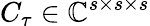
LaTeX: C_{\tau}\in\mathbb{C}^{s\times s\times s}